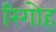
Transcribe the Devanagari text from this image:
रिगोह